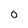
Character: o